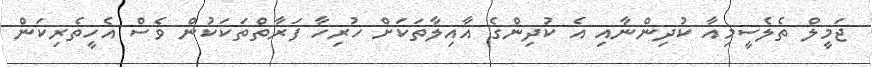
ޖަމީލް ތެލެސީމިއާ ކުދިންނާއި އެ ކުދިންގެ އާއިލާތަކަށް ހުރިހާ ފަރާތްތަކަކުން ވެސް އެހީތެރިކަން